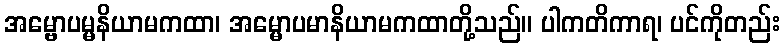
အမ္ဗောပမ္မနိယာမကထာ၊ အမ္မောပမာနိယာမကထာတို့သည်။ ပါကတိကာရ၊ ပင်ကိုတည်း